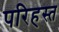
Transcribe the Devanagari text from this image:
परिहस्त